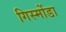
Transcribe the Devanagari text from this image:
गिस्मोंडा